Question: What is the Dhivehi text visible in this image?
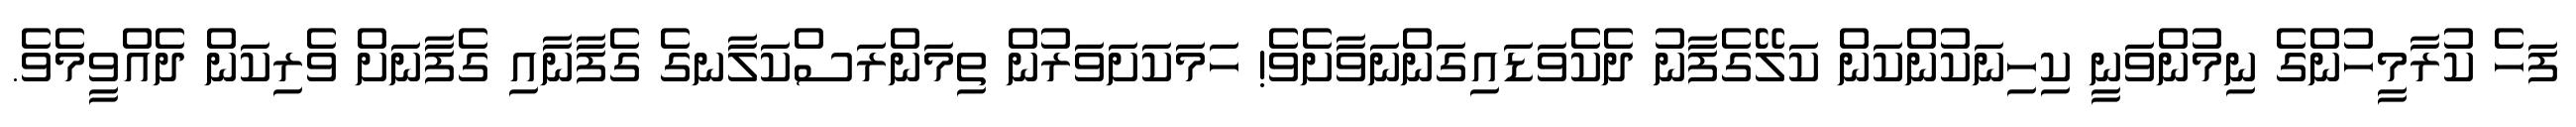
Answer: ފަހެ ކުރާމީހުންގެ ނިމުންވަނީ ކިހިނަކުންކަން ކަލޭގެފާނު ދެކެވަޑައިގަންނަވާށެވެ! ހަމަކަށަވަރުން ތިމަންރަސްކަލާނގެ ގެފާނާއި ގެފާނަށް ވެރިކަން ދެއްވީމެވެ.